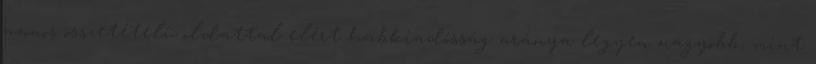
azonos összetételû oldattal elért habkiadósság aránya legyen nagyobb, mint